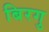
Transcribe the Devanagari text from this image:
बिरगु